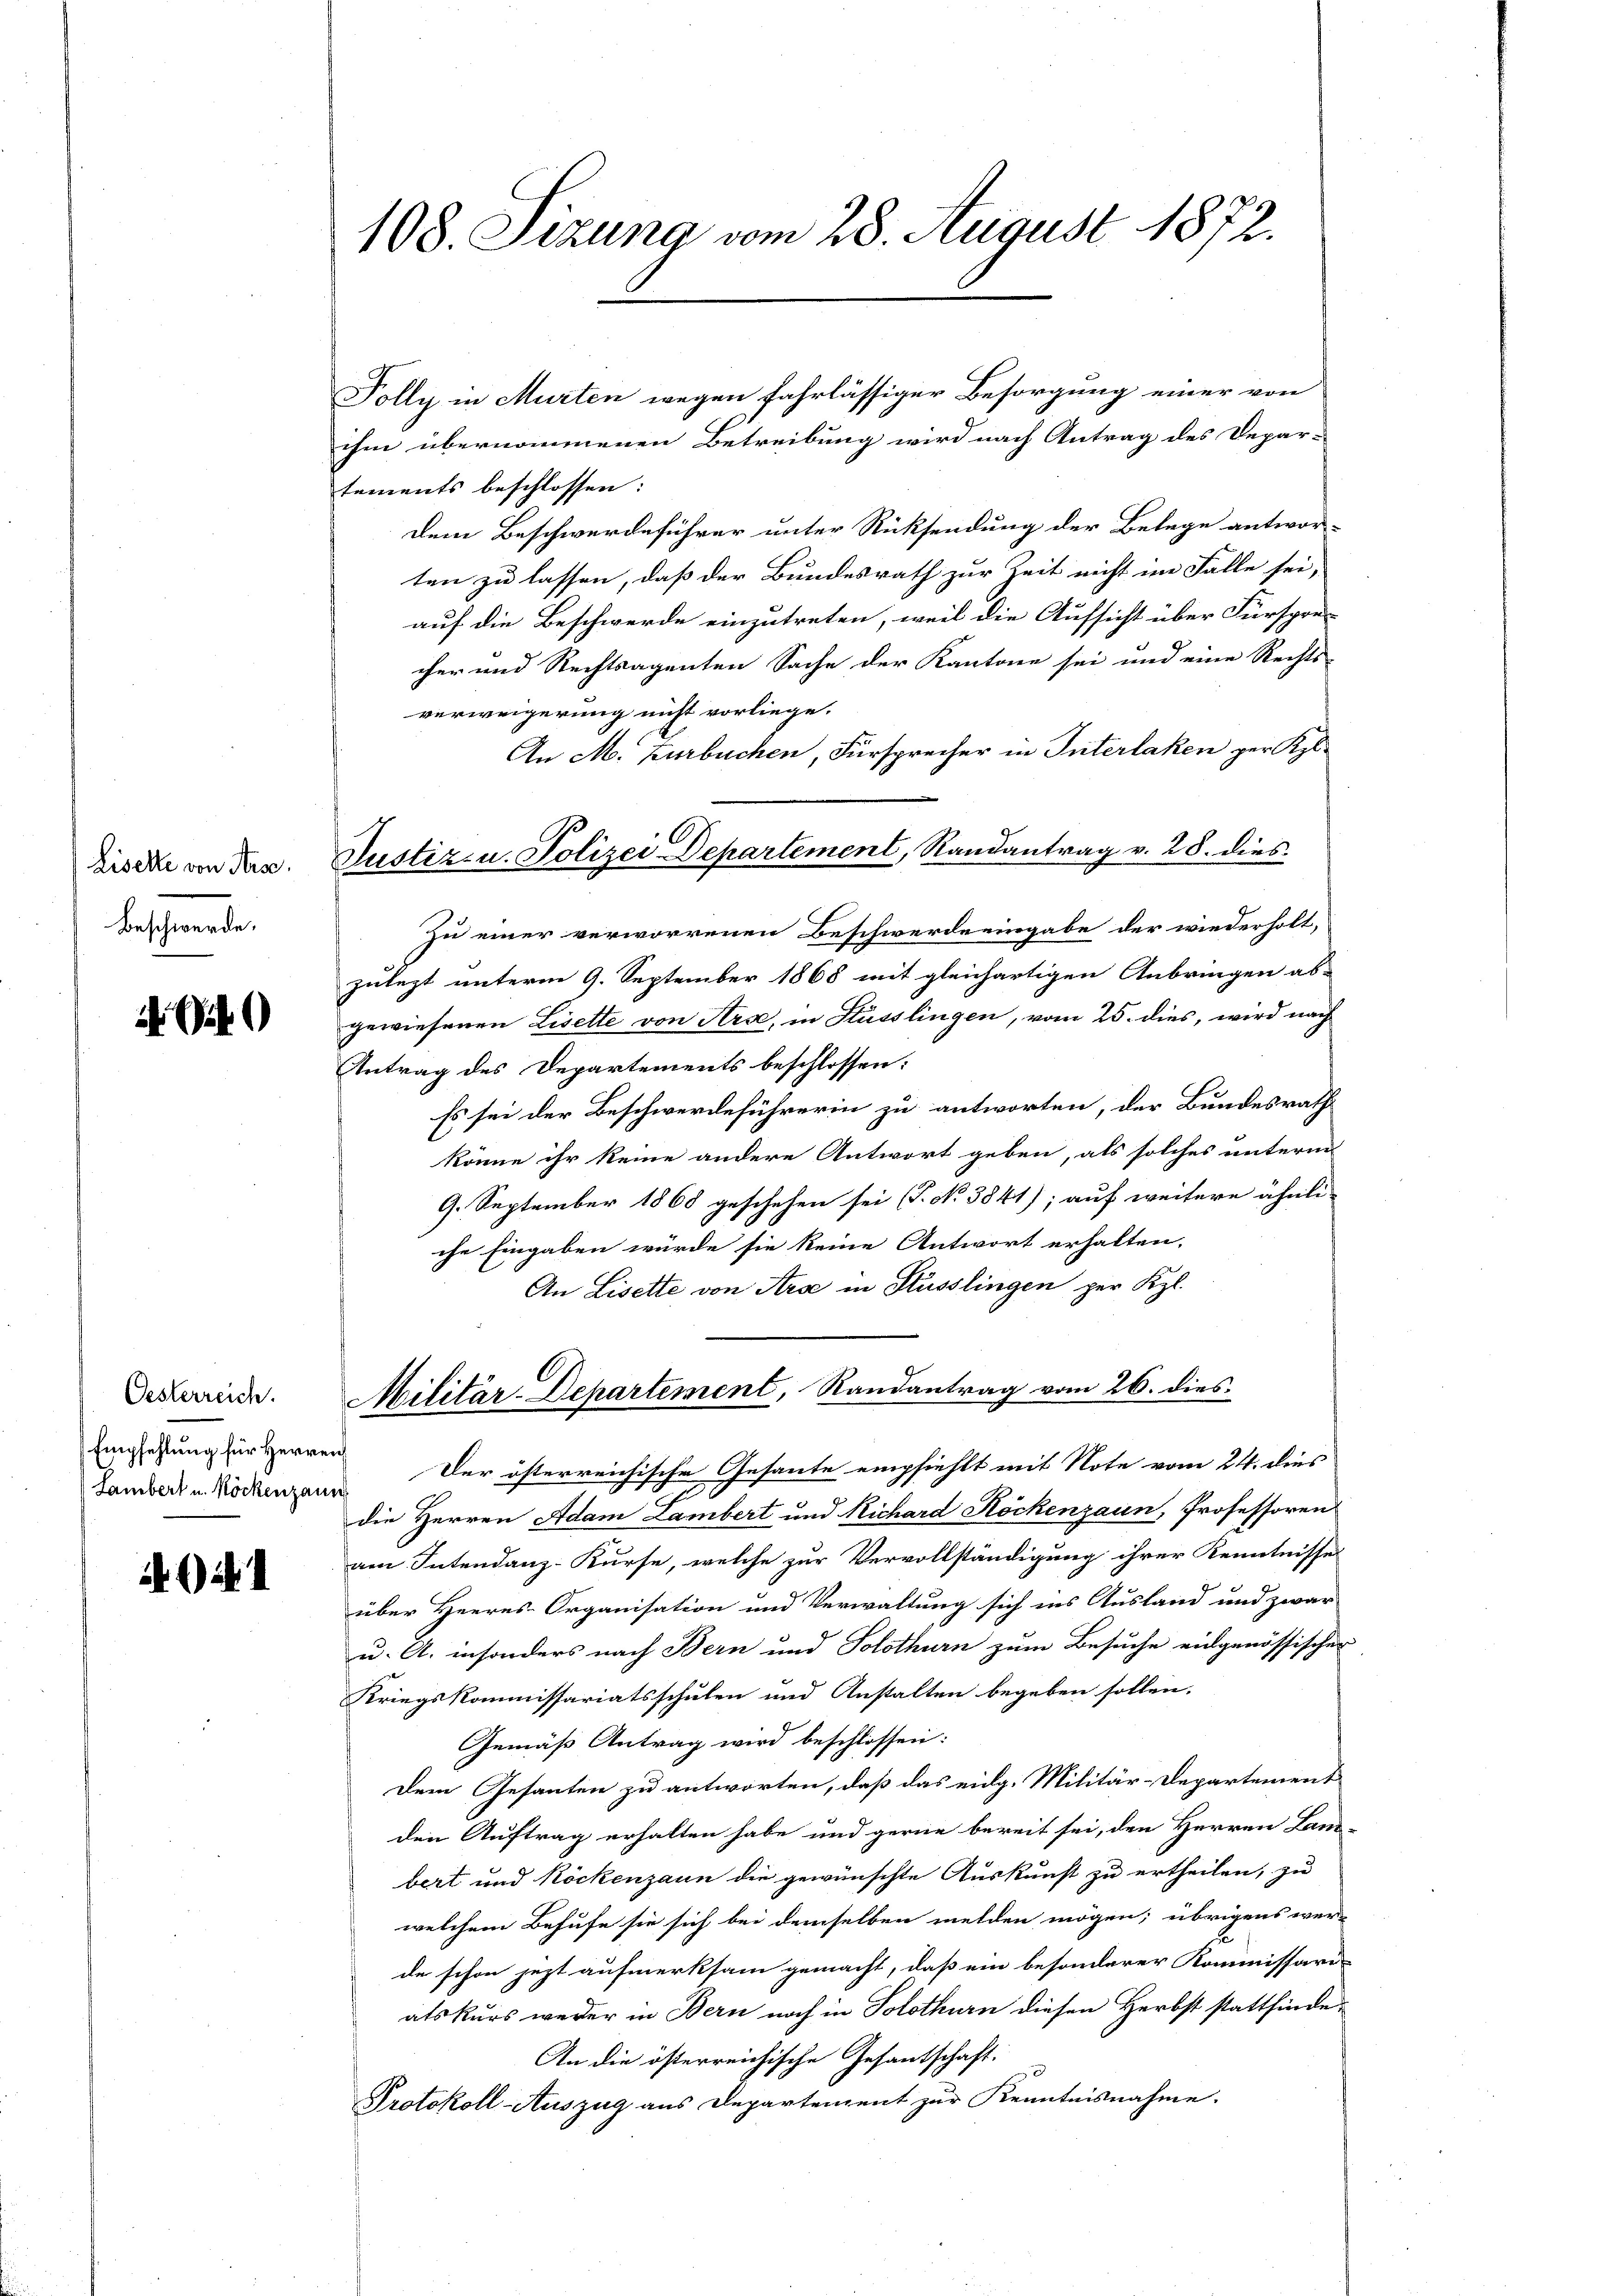
Liselle von Frs.
Beschwerde.

Oesterreich.
Empfehlung für Herren

108. Sizung vom 28. August 1872.

Justiz- u. Polizei Departement, Randantrag v. 28. dies

Folly in Murten wegen fahrlässiger Besorgung einer von
ihm übernommenen Betreibung wird nach Antrag des Depar-
tements beschlossen:
Dem Beschwerdeführer unter Rücksendung der Belege antwor-
ten zu lassen, daß der Bundesrath zur Zeit nicht im Falle sei,
auf die Beschwerde einzutreten, weil die Aufsicht über Fürspre-
cher und Rechtsagenten Sache der Kantone sei und eine Rechts-
verweigerung nicht vorliege.
An M. Zurbuchen, Fürsprecher in Interlaken per Kol-
Zu einer verworrenen Beschwerde eingabe der wiederholt,
zulezt unterm 9. September 1868 mit gleichartigen Anbringen ab-
gewiesenen Lisette von Arse, in Küsslingen, vom 25. dies, wird nach
Antrag des Departements beschlossen:
Es sei der Beschwerdeführerin zu antworten, der Bundesrath
könne ihr keine andere Antwort geben, als solches unterm
9. September 1868 geschehen sei (T. No 3841); auf weitere ähnli-
che Eingaben würde sie keine Antwort erhalten,
An Lisette von Arae in Küsslingen per Kl.
Militär-Departement, Randantrag vom 26. dies
damber u. Rodungen der österreichische Gesante empfiehlt mit Note vom 24. dies
die Herren Adam Lambert und Richard Röckenzaun, Professoren
am Intendanz-Kurse, welche zur Vervollständigung ihrer Kenntnisses
über Heeres Organisation und Verwaltung sich ins Ausland und zwar
u. A. insonders nach Bern und Solothurn zum Besuche eidgenössischer
Kriegskommissariatsschulen und Anstalten begeben sollen.
Gemäß Antrag wird beschlossen:
Dem Gesanten zu antworten, daß das eidg. Militär-Departement
den Auftrag erhalten habe und gerne bereit sei, den Herren Land-
bert und Röckenzaun die gewünschte Auskunst zu ertheilen, zu
welchem Behufe sie sich bei demselben melden mögen; übrigens werde schon jezt aufmerksam gemacht, daß ein besonderer Kommissari-
atskurs weder in Bern noch in Solothurn diesen Herbst stattfinde¬
An die österreichische Gesantschaft:
Protokoll-Auszug aus Departement zur Kenntnisnahme.